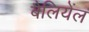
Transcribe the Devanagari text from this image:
बैलियेंल